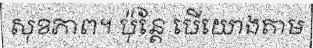
សុខភាព។ ប៉ុន្តែ បើយោងតាម